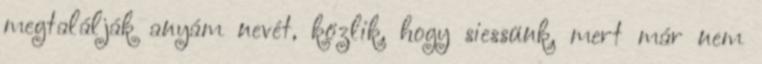
megtalálják anyám nevét, közlik, hogy siessünk, mert már nem